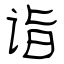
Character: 诣